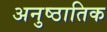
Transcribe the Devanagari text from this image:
अनुष्ठातिक